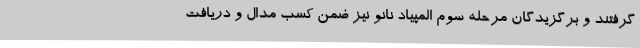
گرفتند و برگزیدگان مرحله سوم المپیاد نانو نیز ضمن کسب مدال و دریافت